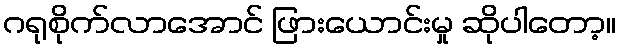
ဂရုစိုက်လာအောင် ဖြားယောင်းမှု ဆိုပါတော့။